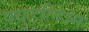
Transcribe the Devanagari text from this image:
फ्युडलिज्म